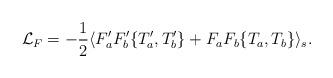
LaTeX: \begin{align*}{\cal L}_{F}=-\frac{1}{2}\langle F_{a}^{\prime }F_{b}^{\prime}\{T_{a}^{\prime },T_{b}^{\prime }\}+F_{a}F_{b}\{T_{a},T_{b}\}\rangle _{s}.\end{align*}